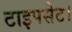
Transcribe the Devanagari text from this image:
टाइपसेट।